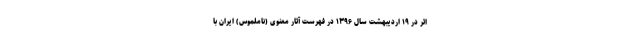
اثر در ۱۹ اردیبهشت سال ۱۳۹۶ در فهرست آثار معنوی (ناملموس) ایران با